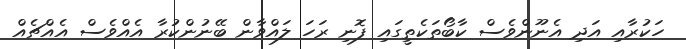
ހަކުރާއި އަދި އެނޫންވެސް ކާބޯތަކެތީގައި ފޮނި ރަހަ ލައްވާން ބޭނުންކުރާ އެއްވެސް އެއްޗެއް